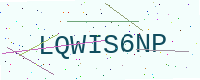
Text: LQWIS6NP